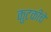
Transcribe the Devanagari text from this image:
कुटकीचे